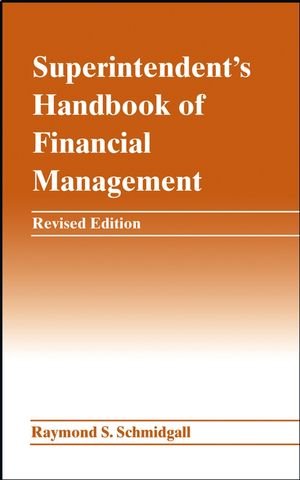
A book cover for Superintendent's Handbook of Financial Management; Raymond S. Schmidgall; Business & Money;